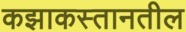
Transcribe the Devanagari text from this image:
कझाकस्तानतील